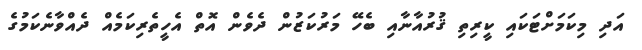
އަދި މިކަމަށްޓަކައި ކީރިތި ޤުރުއާނާއި ބެހޭ މަރުކަޒުން ދެވެން އޮތް އެހީތެރިކަމެއް ދެއްވާނެކަމުގެ